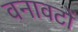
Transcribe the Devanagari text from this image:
वनावटों